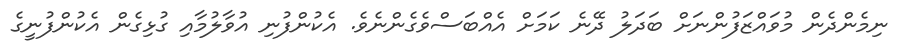
ނިމެންދެން މުވައްޒަފުންނަށް ބަދަލު ދޭނެ ކަމަށް އެއްބަސްވެގެންނެވެ. އެކުންފުނި އުވާލުމާއި ގުޅިގެން އެކުންފުނީގެ